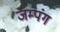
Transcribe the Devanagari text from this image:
जम्पंग